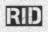
RID